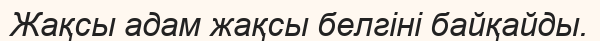
Жақсы адам жақсы белгіні байқайды.